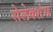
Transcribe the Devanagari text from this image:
सेलेक्शंस